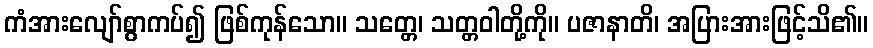
ကံအားလျော်စွာကပ်၍ ဖြစ်ကုန်သော။ သတ္တေ၊ သတ္တဝါတို့ကို။ ပဇာနာတိ၊ အပြားအားဖြင့်သိ၏။